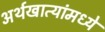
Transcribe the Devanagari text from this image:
अर्थखात्यांमध्ये